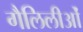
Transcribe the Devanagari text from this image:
गैलिलीओं